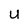
Character: U